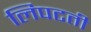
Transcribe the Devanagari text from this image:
लिपटती